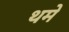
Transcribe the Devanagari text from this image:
थमे